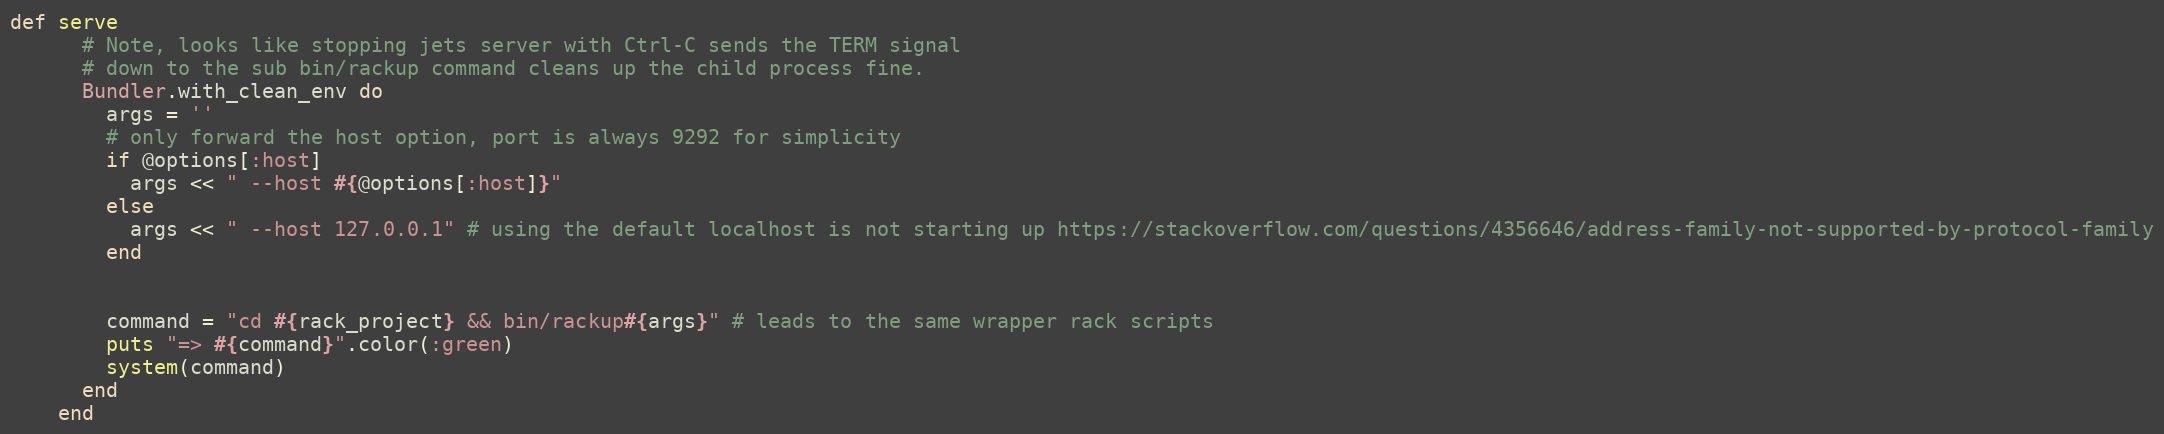
Language: Ruby
def serve
      # Note, looks like stopping jets server with Ctrl-C sends the TERM signal
      # down to the sub bin/rackup command cleans up the child process fine.
      Bundler.with_clean_env do
        args = ''
        # only forward the host option, port is always 9292 for simplicity
        if @options[:host]
          args << " --host #{@options[:host]}"
        else
          args << " --host 127.0.0.1" # using the default localhost is not starting up https://stackoverflow.com/questions/4356646/address-family-not-supported-by-protocol-family
        end

        command = "cd #{rack_project} && bin/rackup#{args}" # leads to the same wrapper rack scripts
        puts "=> #{command}".color(:green)
        system(command)
      end
    end